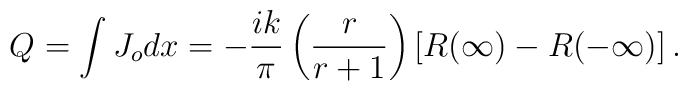
Q_{}=\int J_o dx= -\frac{ik}{\pi }\left( \frac{r}{r+1}\right) \left[R(\infty )-R(-\infty )\right].